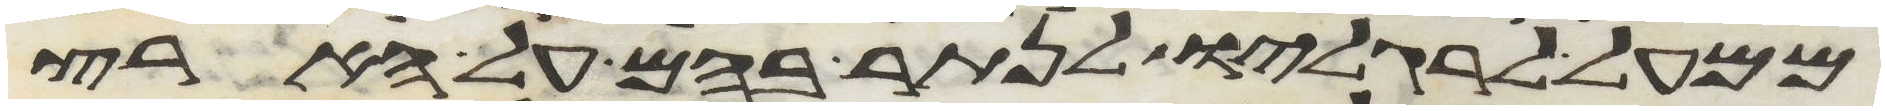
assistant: ממעל לרגליו לנתר בהם על הארץ